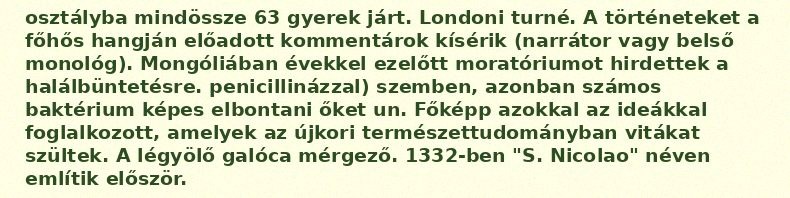
osztályba mindössze 63 gyerek járt. Londoni turné. A történeteket a főhős hangján előadott kommentárok kísérik (narrátor vagy belső monológ). Mongóliában évekkel ezelőtt moratóriumot hirdettek a halálbüntetésre. penicillinázzal) szemben, azonban számos baktérium képes elbontani őket un. Főképp azokkal az ideákkal foglalkozott, amelyek az újkori természettudományban vitákat szültek. A légyölő galóca mérgező. 1332-ben "S. Nicolao" néven említik először.